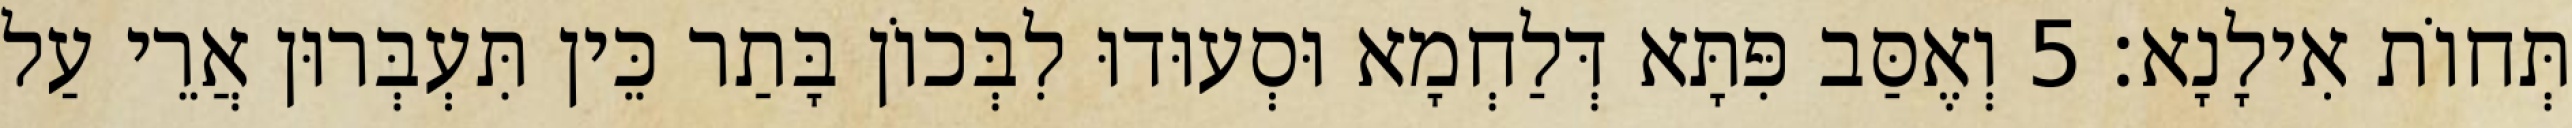
תְּחוֹת אִילָנָא׃ 5 וְאֶסַּב פִּתָּא דְּלַחְמָא וּסְעוּדוּ לִבְּכוֹן בָּתַר כֵּין תִּעְבְּרוּן אֲרֵי עַל